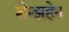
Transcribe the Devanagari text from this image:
शेन्झहेन